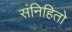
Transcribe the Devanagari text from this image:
संनिहितो